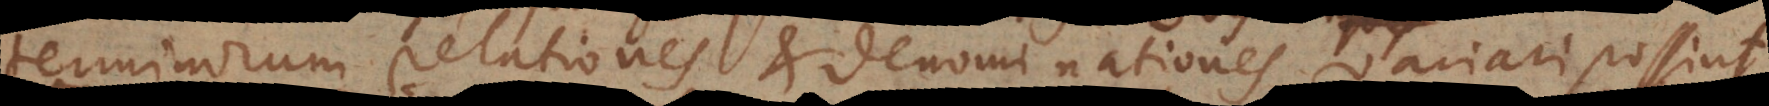
terminorum relationes et denominationes variari possint